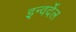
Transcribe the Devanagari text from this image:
इन्वर्देल